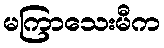
မကြာသေးမီက